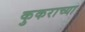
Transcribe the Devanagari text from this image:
कुकराच्या